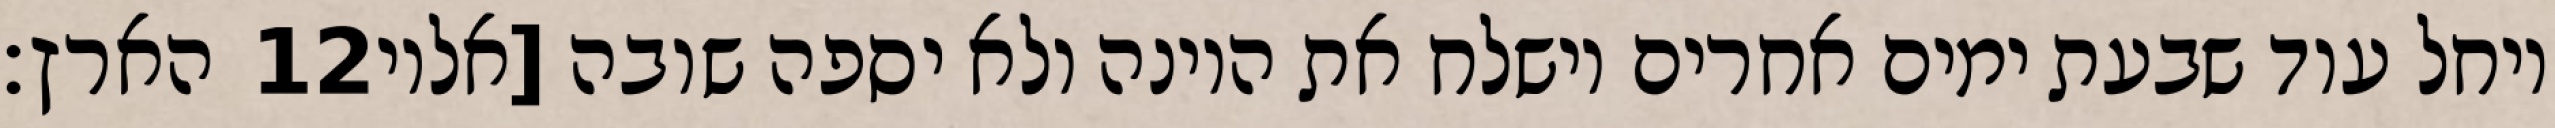
הארץ׃ ‎12‏ ויחל עוד שבעת ימים אחרים וישלח את היונה ולא יספה שובה [אליו